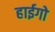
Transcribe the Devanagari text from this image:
हाईगो